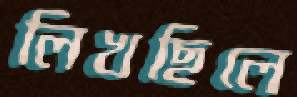
লিখছিলে